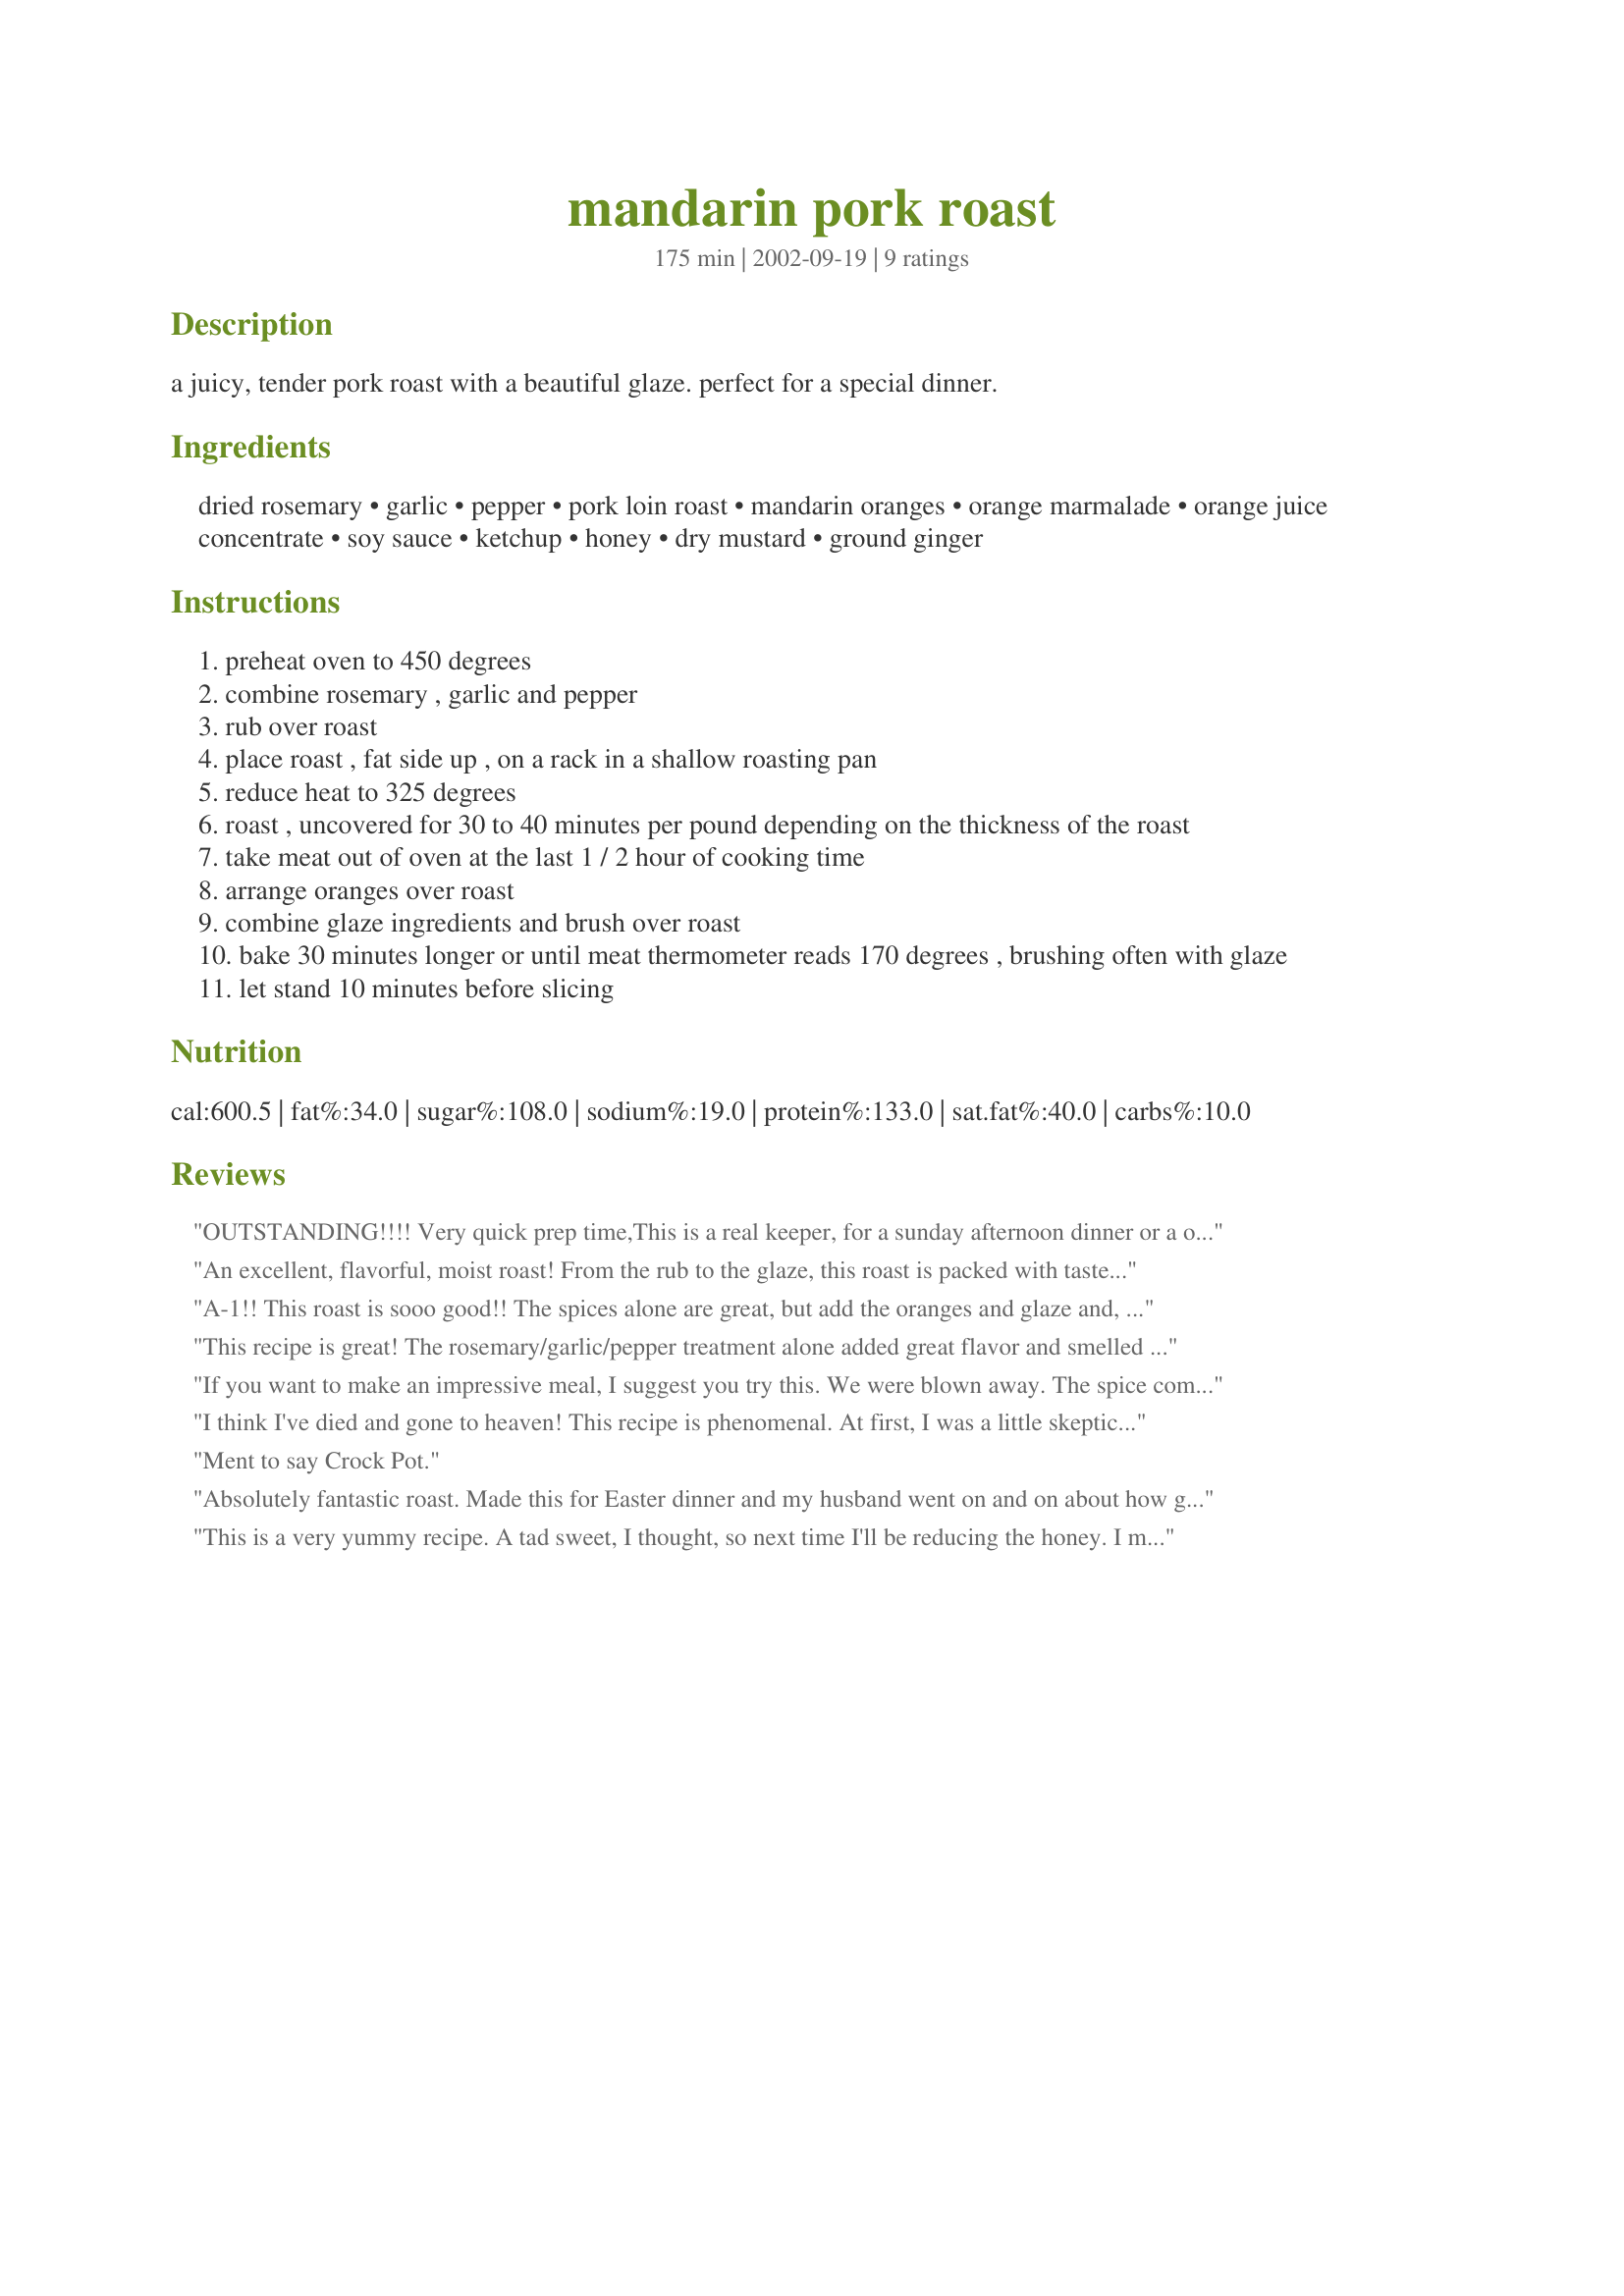
mandarin pork roast
Preparation time: 175 minutes

a juicy, tender pork roast with a beautiful glaze. perfect for a special dinner.

Ingredients:
dried rosemary, garlic, pepper, pork loin roast, mandarin oranges, orange marmalade, orange juice concentrate, soy sauce, ketchup, honey, dry mustard, ground ginger

Steps:
preheat oven to 450 degrees
combine rosemary , garlic and pepper
rub over roast
place roast , fat side up , on a rack in a shallow roasting pan
reduce heat to 325 degrees
roast , uncovered for 30 to 40 minutes per pound depending on the thickness of the roast
take meat out of oven at the last 1 / 2 hour of cooking time
arrange oranges over roast
combine glaze ingredients and brush over roast
bake 30 minutes longer or until meat thermometer reads 170 degrees , brushing often with glaze
let stand 10 minutes before slicing

Reviews:
OUTSTANDING!!!! Very quick prep time,This is a real keeper, for a sunday afternoon dinner or a out to impress meal. Thank you carrie ann for sharing your masterpiece.
An excellent, flavorful, moist roast! From the rub to the glaze, this roast is packed with tastes that will delight your senses! Very simple to prepare, using Carrie Ann's excellent directions. This recipe will go into my "Company Worthy" file ;). Thanks for the great supper tonight, Carrie Ann!
A-1!! This roast is sooo good!! The spices alone are great, but add the oranges and glaze and, oh my!! You have to try this one!!
This recipe is great! The rosemary/garlic/pepper treatment alone added great flavor and smelled wonderful, but the mandarin oranges and the sauce give it a beautiful presentation and adds even more delicious flavor. Definitely a keeper. I'd be proud to serve this to guests.
If you want to make an impressive meal, I suggest you try this. We were blown away. The spice combination has a wonderful smell and flavor. The oranges and glaze add another dimension to the flavor that is superb. The meat was so moist. Thanks for the recipe and easy to follow directions.
I think I've died and gone to heaven! This recipe is phenomenal. At first, I was a little skeptical about such an array of ingredients together for the glaze, but that composition is the secret sauce. I am looking forward to preparing this for my mother-in-law because this will blow many of her wonderful recipes out of the water! The meat is succulent and the unique flavor leaves your mouth salivating for more. Thank you for posting it!
Ment to say Crock Pot.
Absolutely fantastic roast. Made this for Easter dinner and my husband went on and on about how good it was. Didn't change a thing. Very easy to prepare.
This is a very yummy recipe. A tad sweet, I thought, so next time I'll be reducing the honey. I must admit though, that my marmalade was very sweet and I used orange juice instead of orange juice concentrate (since I don't have that). So that might be the reason. It looks very nice. We had it with potatoes but I think Thai rice would have been a more complementary choice.Also brokkoli or sweet peas as veggies might take a bit from the sweet taste. Besides the colour combination would look nice on a plate, since my roast had an almost red colour. Very nice recipe. Thanks for sharing.
